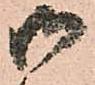
御